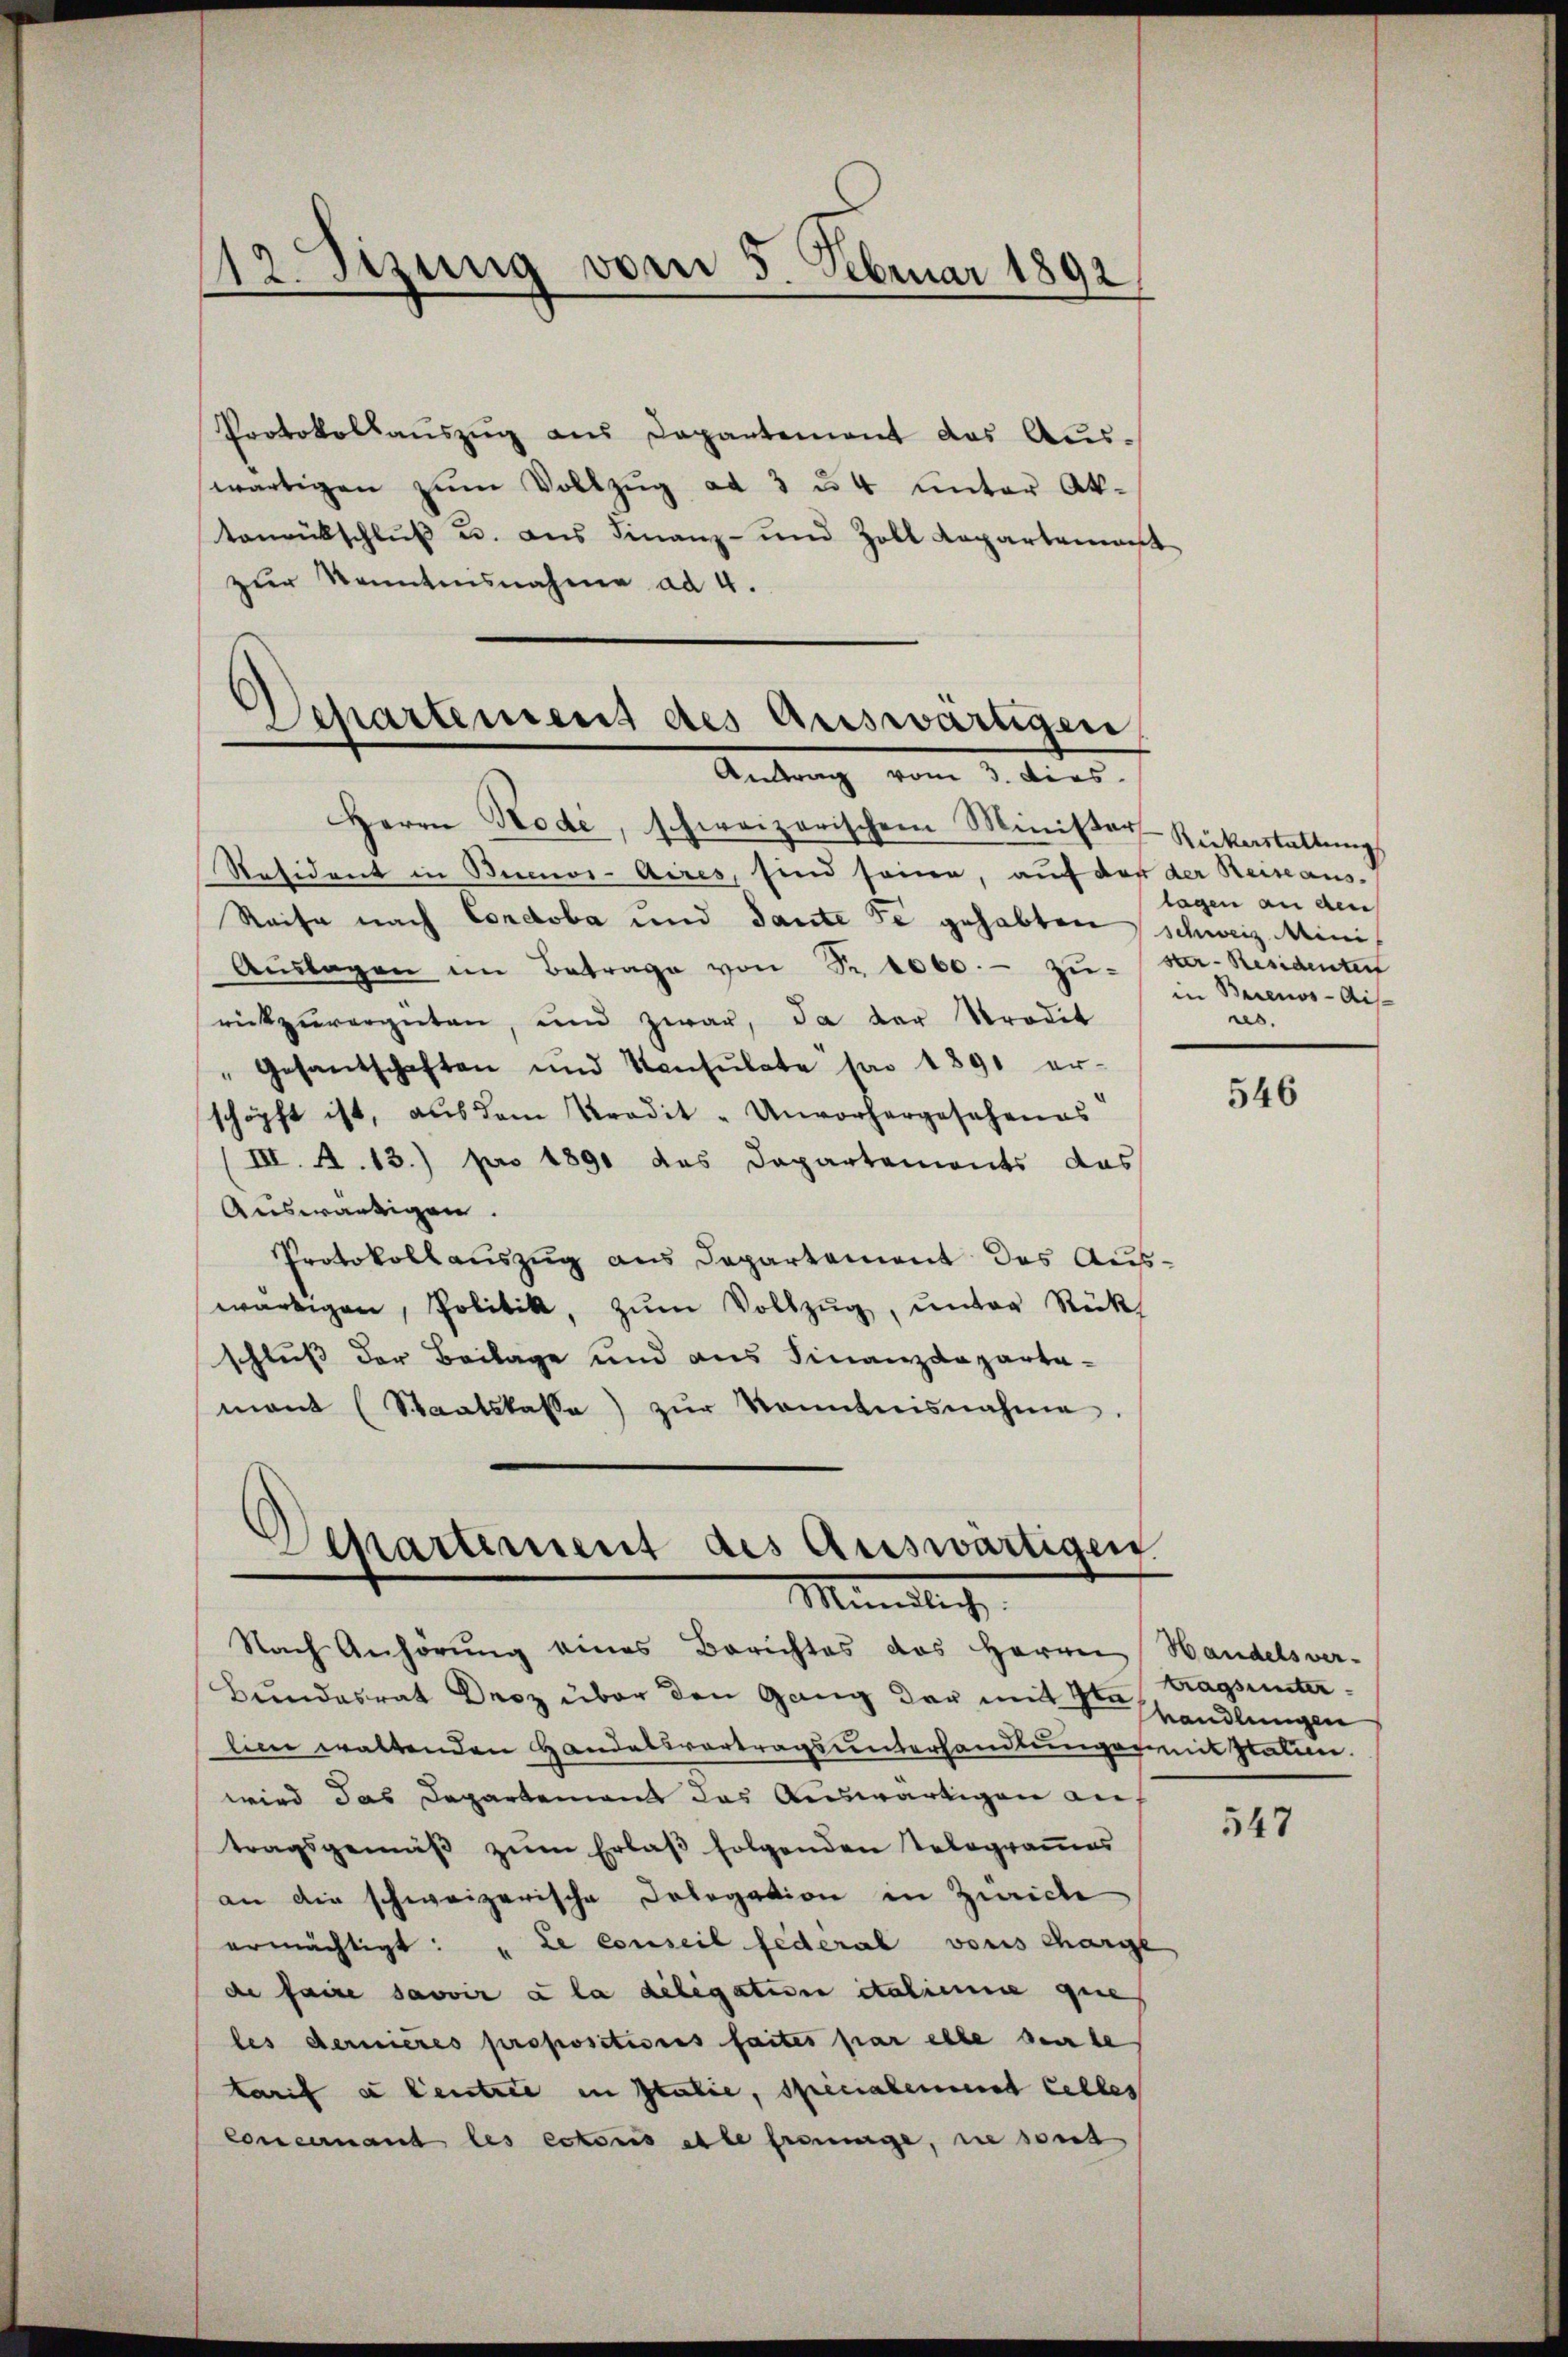
12. Sizung vom 5. Februar 1892
e

Protokollaŭszŭg aŭs Departement das Aus-
wärtigen zŭm Vollzŭg ad 3 u. 4 unter Aktenrütschluß u. aus Finanz- und Zoll Kopartement
zur Kenntnisnahme ad 4.

Separtement des Auswärtigen
Antrag vom 3. Dies

Herrn Node, schweizerischem Minister Rükastattung
Resident in Bemi-Aires, sind seine, auf der der Reise aus¬
Reise nach Condoba und Tante de gehabten schweiz. Mini¬
Aŭslagen im Betrage von Sr. 1000.- zusar- Residenten
rückzŭvergüten, und zwar, da der Stradit
"Gesantschaften und Konsulate pro 1891 er-
schöpft ist, aus dem Kredit- Unvorhergesehenes
III. A. 13.) pro 1891 des Dapartements das
Auswärtigen.
Protokollauszug aus Departement des Auswärtigen, Politik, zŭm Vollzŭg, ŭnter Rück-
schluß der Beilage und aus Finanzdeparta-
mant (Staatskasse) zŭr Kenntnisnahme.

Departement des Auswärtigen
Minister

Nach Anhörung eines Berichtes des Herrn Handelsver-
Bundesrat Droz über den Gang der mit Ita
lien waltenden Handelsvertragsunterhandlunger mit staten.
wird das Departements das Auswärtigen an.
tragsgemäß zum Erlaß folgenden Telegrammes
an die schweizerische Cologation in Zürich
ermächtigt: „Le conseil fédéral vons charge
de faire savoir à la deligation italinie que
les dernieres propositiones faites par elle beurte
tarif a Centree in Italie, specialen und Celles
Concernant les ectoris alle Ereige, sie sont

lagen an den
in Buenos-Ais-
res.

546

tragsunter
handlungen

547